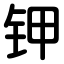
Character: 钾